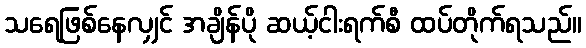
သရေဖြစ်နေလျှင် အချိန်ပို ဆယ့်ငါးရက်စီ ထပ်တိုက်ရသည်။